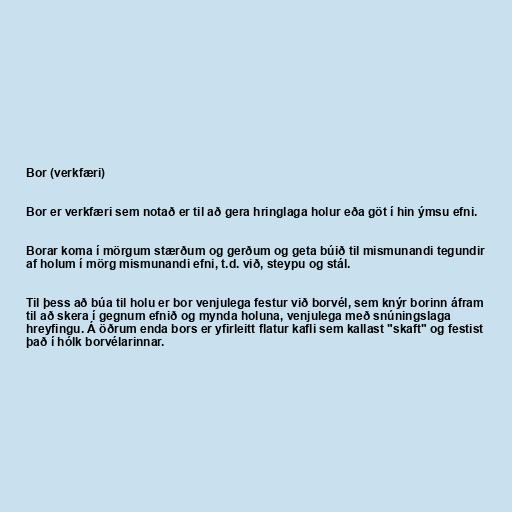
Bor (verkfæri)

Bor er verkfæri sem notað er til að gera hringlaga holur eða göt í hin ýmsu efni.

Borar koma í mörgum stærðum og gerðum og geta búið til mismunandi tegundir
af holum í mörg mismunandi efni, t.d. við, steypu og stál.

Til þess að búa til holu er bor venjulega festur við borvél, sem knýr borinn áfram
til að skera í gegnum efnið og mynda holuna, venjulega með snúningslaga
hreyfingu. Á öðrum enda bors er yfirleitt flatur kafli sem kallast "skaft" og festist
það í hólk borvélarinnar.